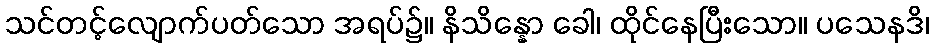
သင်တင့်လျောက်ပတ်သော အရပ်၌။ နိသိန္နော ခေါ၊ ထိုင်နေပြီးသော။ ပသေနဒိ၊